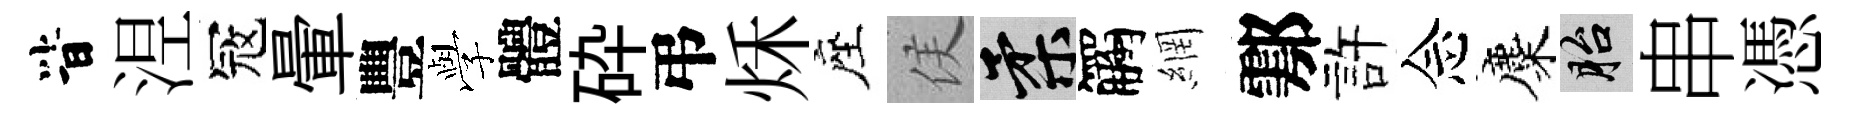
𣅜𣵀冦暈豐𫝯體砕弔秌座侯柔觸網鄠許念麋胎串憑